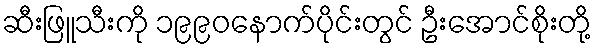
ဆီးဖြူသီးကို ၁၉၉၀နောက်ပိုင်းတွင် ဦးအောင်စိုးတို့